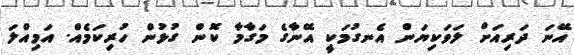
އޭނަ ދަރިއަށް ލަވަކިޔަން އެނގުމަކީ އޭނާގެ މަގާމާ ކޮން ގުޅުން ހުރިކަމެއް. އަމިއްލަ